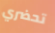
تحضري